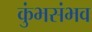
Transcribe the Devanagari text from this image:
कुंभसंभव